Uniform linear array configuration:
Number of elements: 16
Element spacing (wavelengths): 0.75
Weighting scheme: blackman
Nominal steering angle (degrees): -30
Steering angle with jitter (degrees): -29.038
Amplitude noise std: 0.05
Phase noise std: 0.05

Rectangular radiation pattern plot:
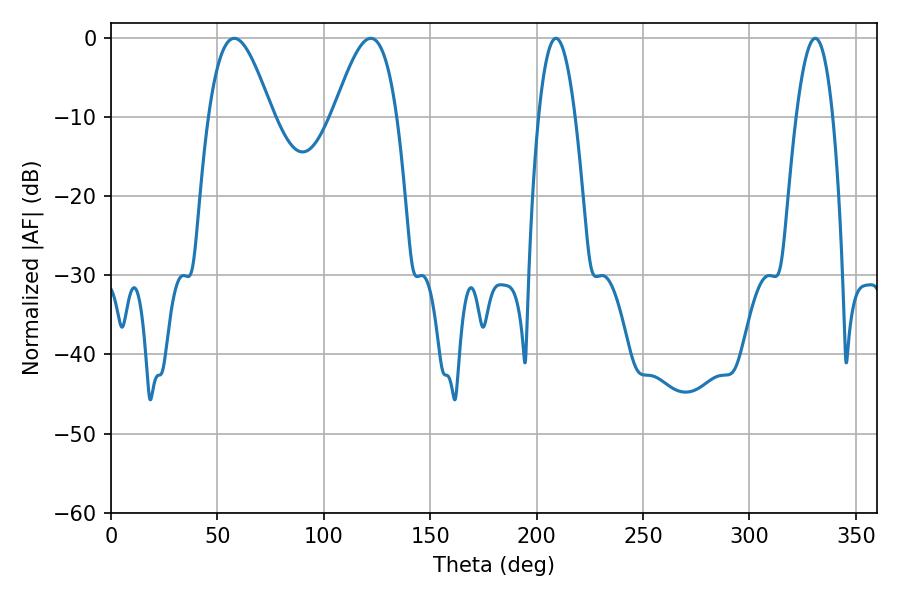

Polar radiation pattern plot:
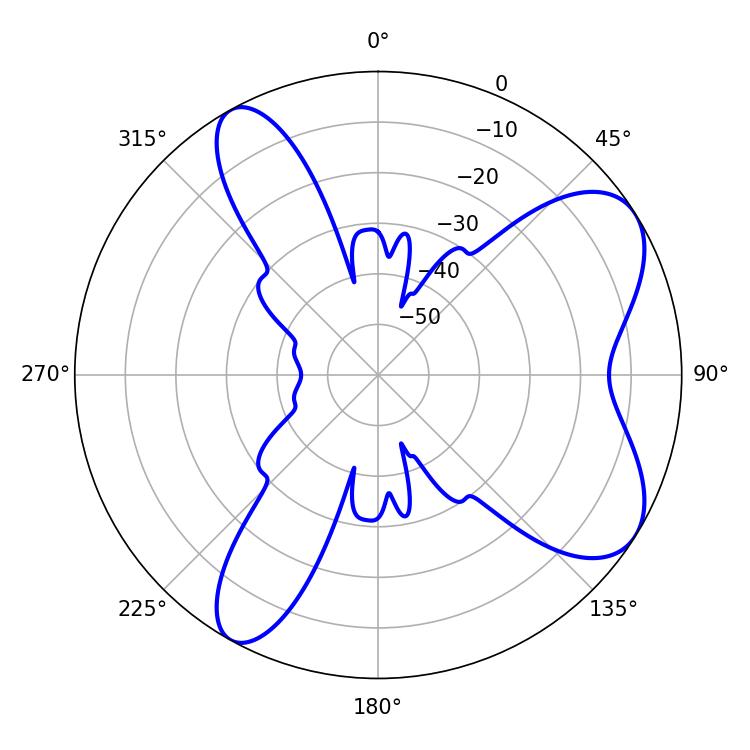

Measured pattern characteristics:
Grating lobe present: TRUE
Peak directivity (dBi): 7.337
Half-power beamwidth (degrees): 16.2
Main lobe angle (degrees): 57.96